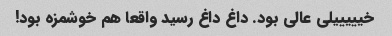
خیییییلی عالی بود. داغ داغ رسید واقعا هم خوشمزه بود!